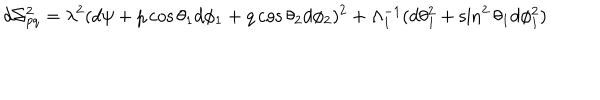
LaTeX: d \Sigma _ { p q } ^ { 2 } = \lambda ^ { 2 } ( d \psi + p \cos \theta _ { 1 } d \phi _ { 1 } + q \cos \theta _ { 2 } d \phi _ { 2 } ) ^ { 2 } + \Lambda _ { 1 } ^ { - 1 } ( d \theta _ { 1 } ^ { 2 } + \sin ^ { 2 } \theta _ { 1 } d \phi _ { 1 } ^ { 2 } )